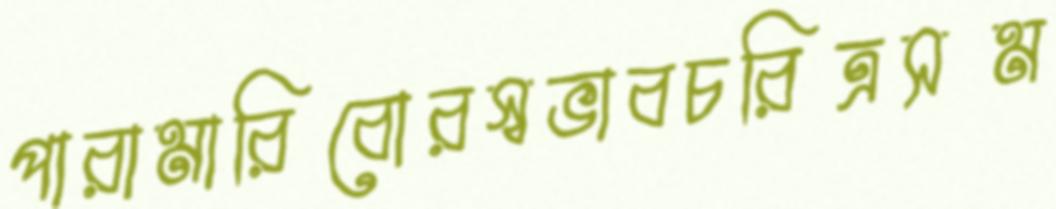
পারামারিবোরস্বভাবচরিত্রসম